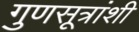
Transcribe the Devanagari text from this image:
गुणसूत्रांशी